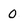
Character: 0